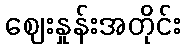
ဈေးနှုန်းအတိုင်း